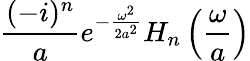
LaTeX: {\frac{(-i)^{n}}{a}}e^{-{\frac{\omega^{2}}{2a^{2}}}}H_{n}\left({\frac{\omega}{a}}\right)